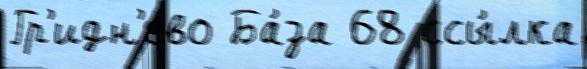
Гр'идн'ево Ба́за 68 ссы́лка